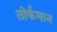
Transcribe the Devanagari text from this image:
तोर्कमान